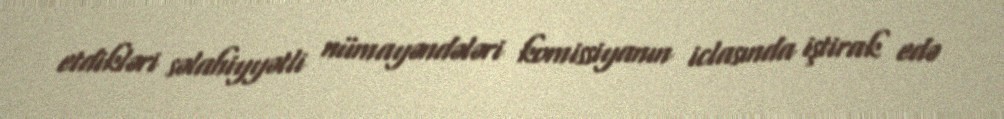
etdikləri səlahiyyətli nümayəndələri komissiyanın iclasında iştirak edə